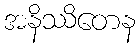
အနိဿိတေန